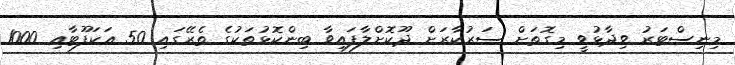
މިނިސްޓަރު ވިދާޅުވީ މިގޮތަށް ސަރުކާރަށް ދޫކޮށްލާފައިވާ ބިންކޮޅުތަކުގެ ތެރޭގައި 50 އަކަފޫޓާއި 1000